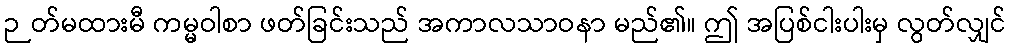
ဉတ်မထားမီ ကမ္မဝါစာ ဖတ်ခြင်းသည် အကာလသာဝနာ မည်၏။ ဤ အပြစ်ငါးပါးမှ လွတ်လျှင်